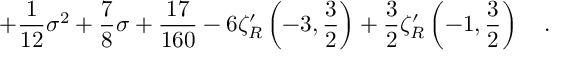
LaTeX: + { \frac { 1 } { 1 2 } } \sigma ^ { 2 } + { \frac { 7 } { 8 } } \sigma + { \frac { 1 7 } { 1 6 0 } } - 6 \zeta _ { R } ^ { \prime } \left( - 3 , \frac 3 2 \right) + \frac 3 2 \zeta _ { R } ^ { \prime } \left( - 1 , \frac 3 2 \right) ~ ~ ~ .